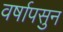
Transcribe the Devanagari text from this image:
वर्षापसुन